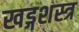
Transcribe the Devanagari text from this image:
खड्गशस्त्र